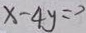
x - 4 y = 2